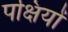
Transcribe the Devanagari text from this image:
पक्षियों